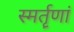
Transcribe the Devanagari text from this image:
स्मर्तॄणां